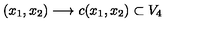
( x _ { 1 } , x _ { 2 } ) \longrightarrow c ( x _ { 1 } , x _ { 2 } ) \subset V _ { 4 }